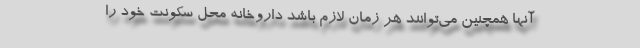
آنها همچنین می‌توانند هر زمان لازم باشد داروخانه محل سکونت خود را